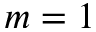
m = 1